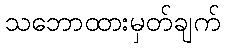
သဘောထားမှတ်ချက်